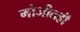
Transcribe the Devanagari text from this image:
मोजीतही